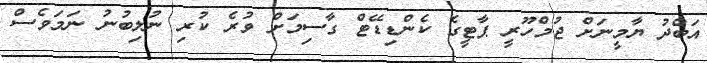
އަބްދު ޔާމީނަށް ޖުމްހޫރީ ޕާޓީގެ ކެންޑިޑޭޓް ގާސިމަށް ވުރެ ކުރި ނުލިބުނު ނަމަވެސް